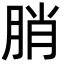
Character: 䏴